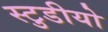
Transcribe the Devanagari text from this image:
स्टुडीयो